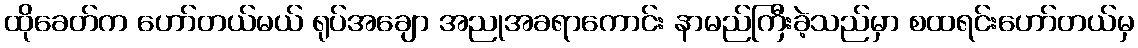
ထိုခေတ်က ဟော်တယ်မယ် ရုပ်အချော အညုအခရာကောင်း နာမည်ကြီးခဲ့သည်မှာ စထရင်းဟော်တယ်မှ